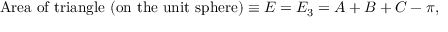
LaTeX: { \mathrm { A r e a ~ o f ~ t r i a n g l e ~ ( o n ~ t h e ~ u n i t ~ s p h e r e ) } } \equiv E = E _ { 3 } = A + B + C - \pi ,